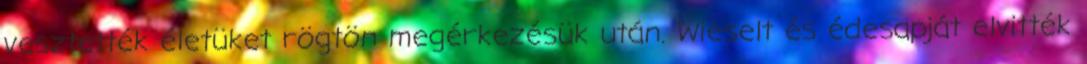
vesztették életüket rögtön megérkezésük után. Wieselt és édesapját elvitték